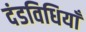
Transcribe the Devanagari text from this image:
दंडविधियाँ